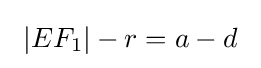
\ |EF_{1}|-r=a-d\